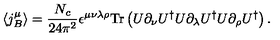
\langle j _ { B } ^ { \mu } \rangle = \frac { N _ { c } } { 2 4 \pi ^ { 2 } } \epsilon ^ { \mu \nu \lambda \rho } \mathrm { T r } \left( U \partial _ { \nu } U ^ { \dagger } U \partial _ { \lambda } U ^ { \dagger } U \partial _ { \rho } U ^ { \dagger } \right) .